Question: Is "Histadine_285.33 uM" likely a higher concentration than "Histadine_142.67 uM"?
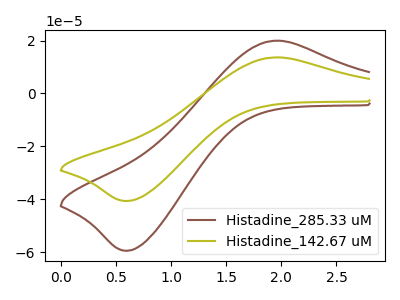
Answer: <think>The brown curve "Histadine_285.33 uM" has an anodic peak at (1.95V, 19.95uA) and a cathodic peak at (0.60V, -59.45uA). The olive curve "Histadine_142.67 uM" has an anodic peak at (1.95V, 13.65uA) and a cathodic peak at (0.60V, -40.65uA).
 All the peaks in "Histadine_285.33 uM" have a peak in "Histadine_142.67 uM" at the same potential. Every peak in "Histadine_285.33 uM" is higher than every peak in "Histadine_142.67 uM".</think>
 <answer>"Histadine_285.33 uM" has more signal than "Histadine_142.67 uM".</answer>
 <eval>more_signal</eval>